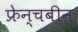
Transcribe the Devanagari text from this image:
फ्रेन्चबीन